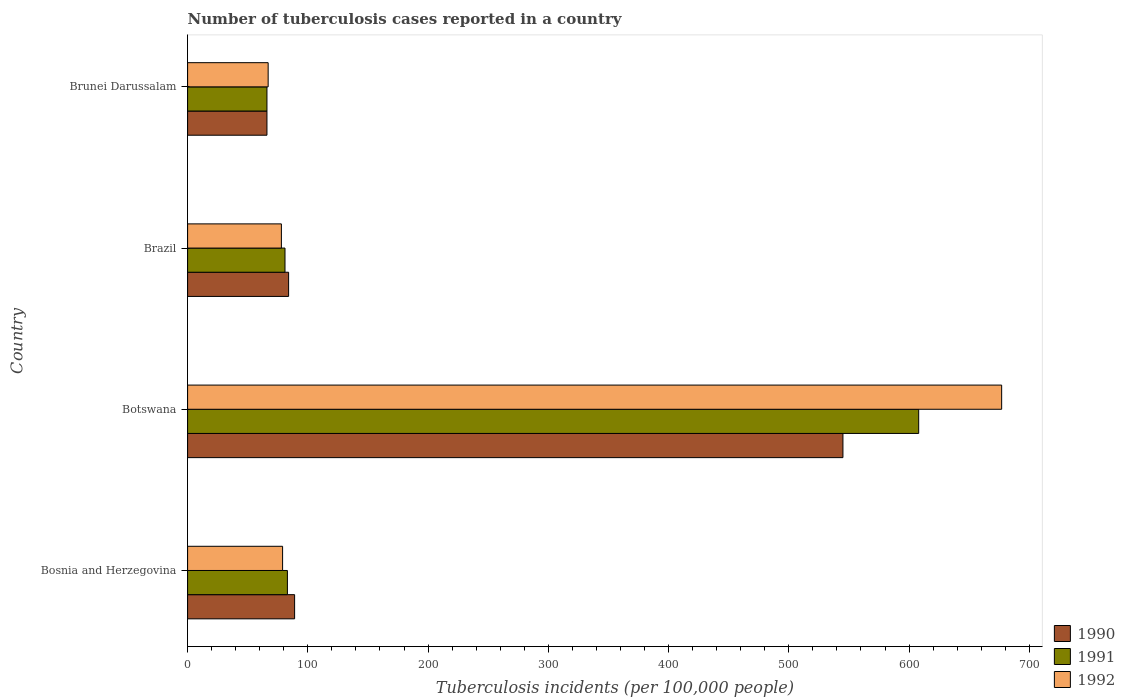
| Country | 1990 | 1991 | 1992 |
 | --- | --- | --- | --- |
 | Bosnia and Herzegovina | 89 | 83 | 79 |
 | Botswana | 545 | 608 | 677 |
 | Brazil | 84 | 81 | 78 |
 | Brunei Darussalam | 66 | 66 | 67 |